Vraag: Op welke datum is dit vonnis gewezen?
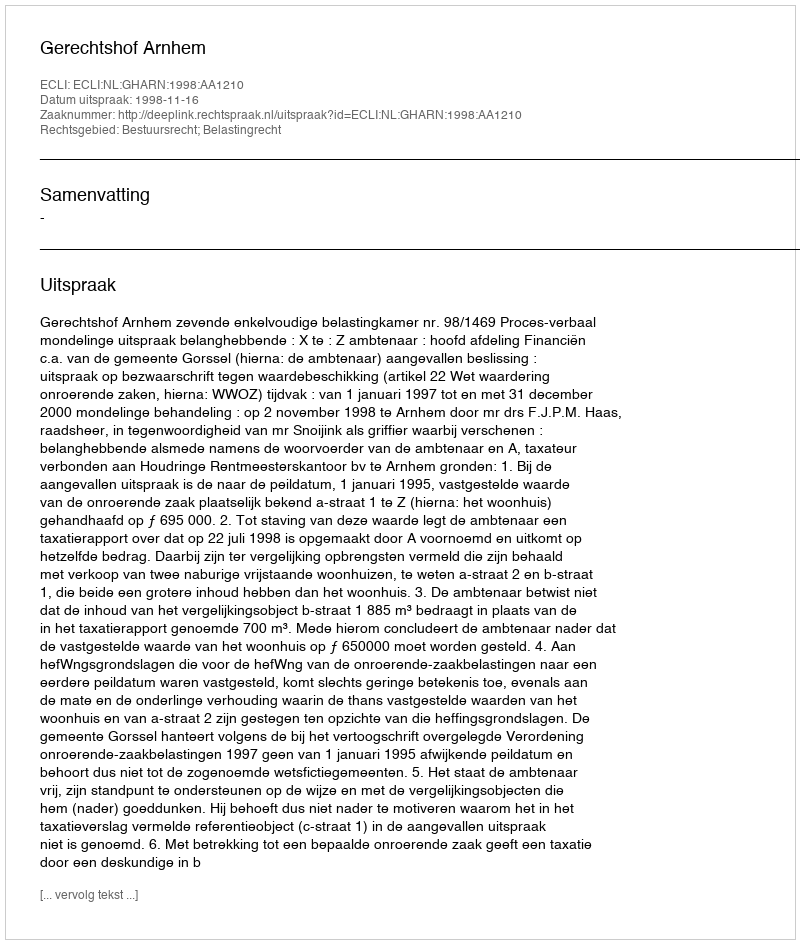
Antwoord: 1998-11-16